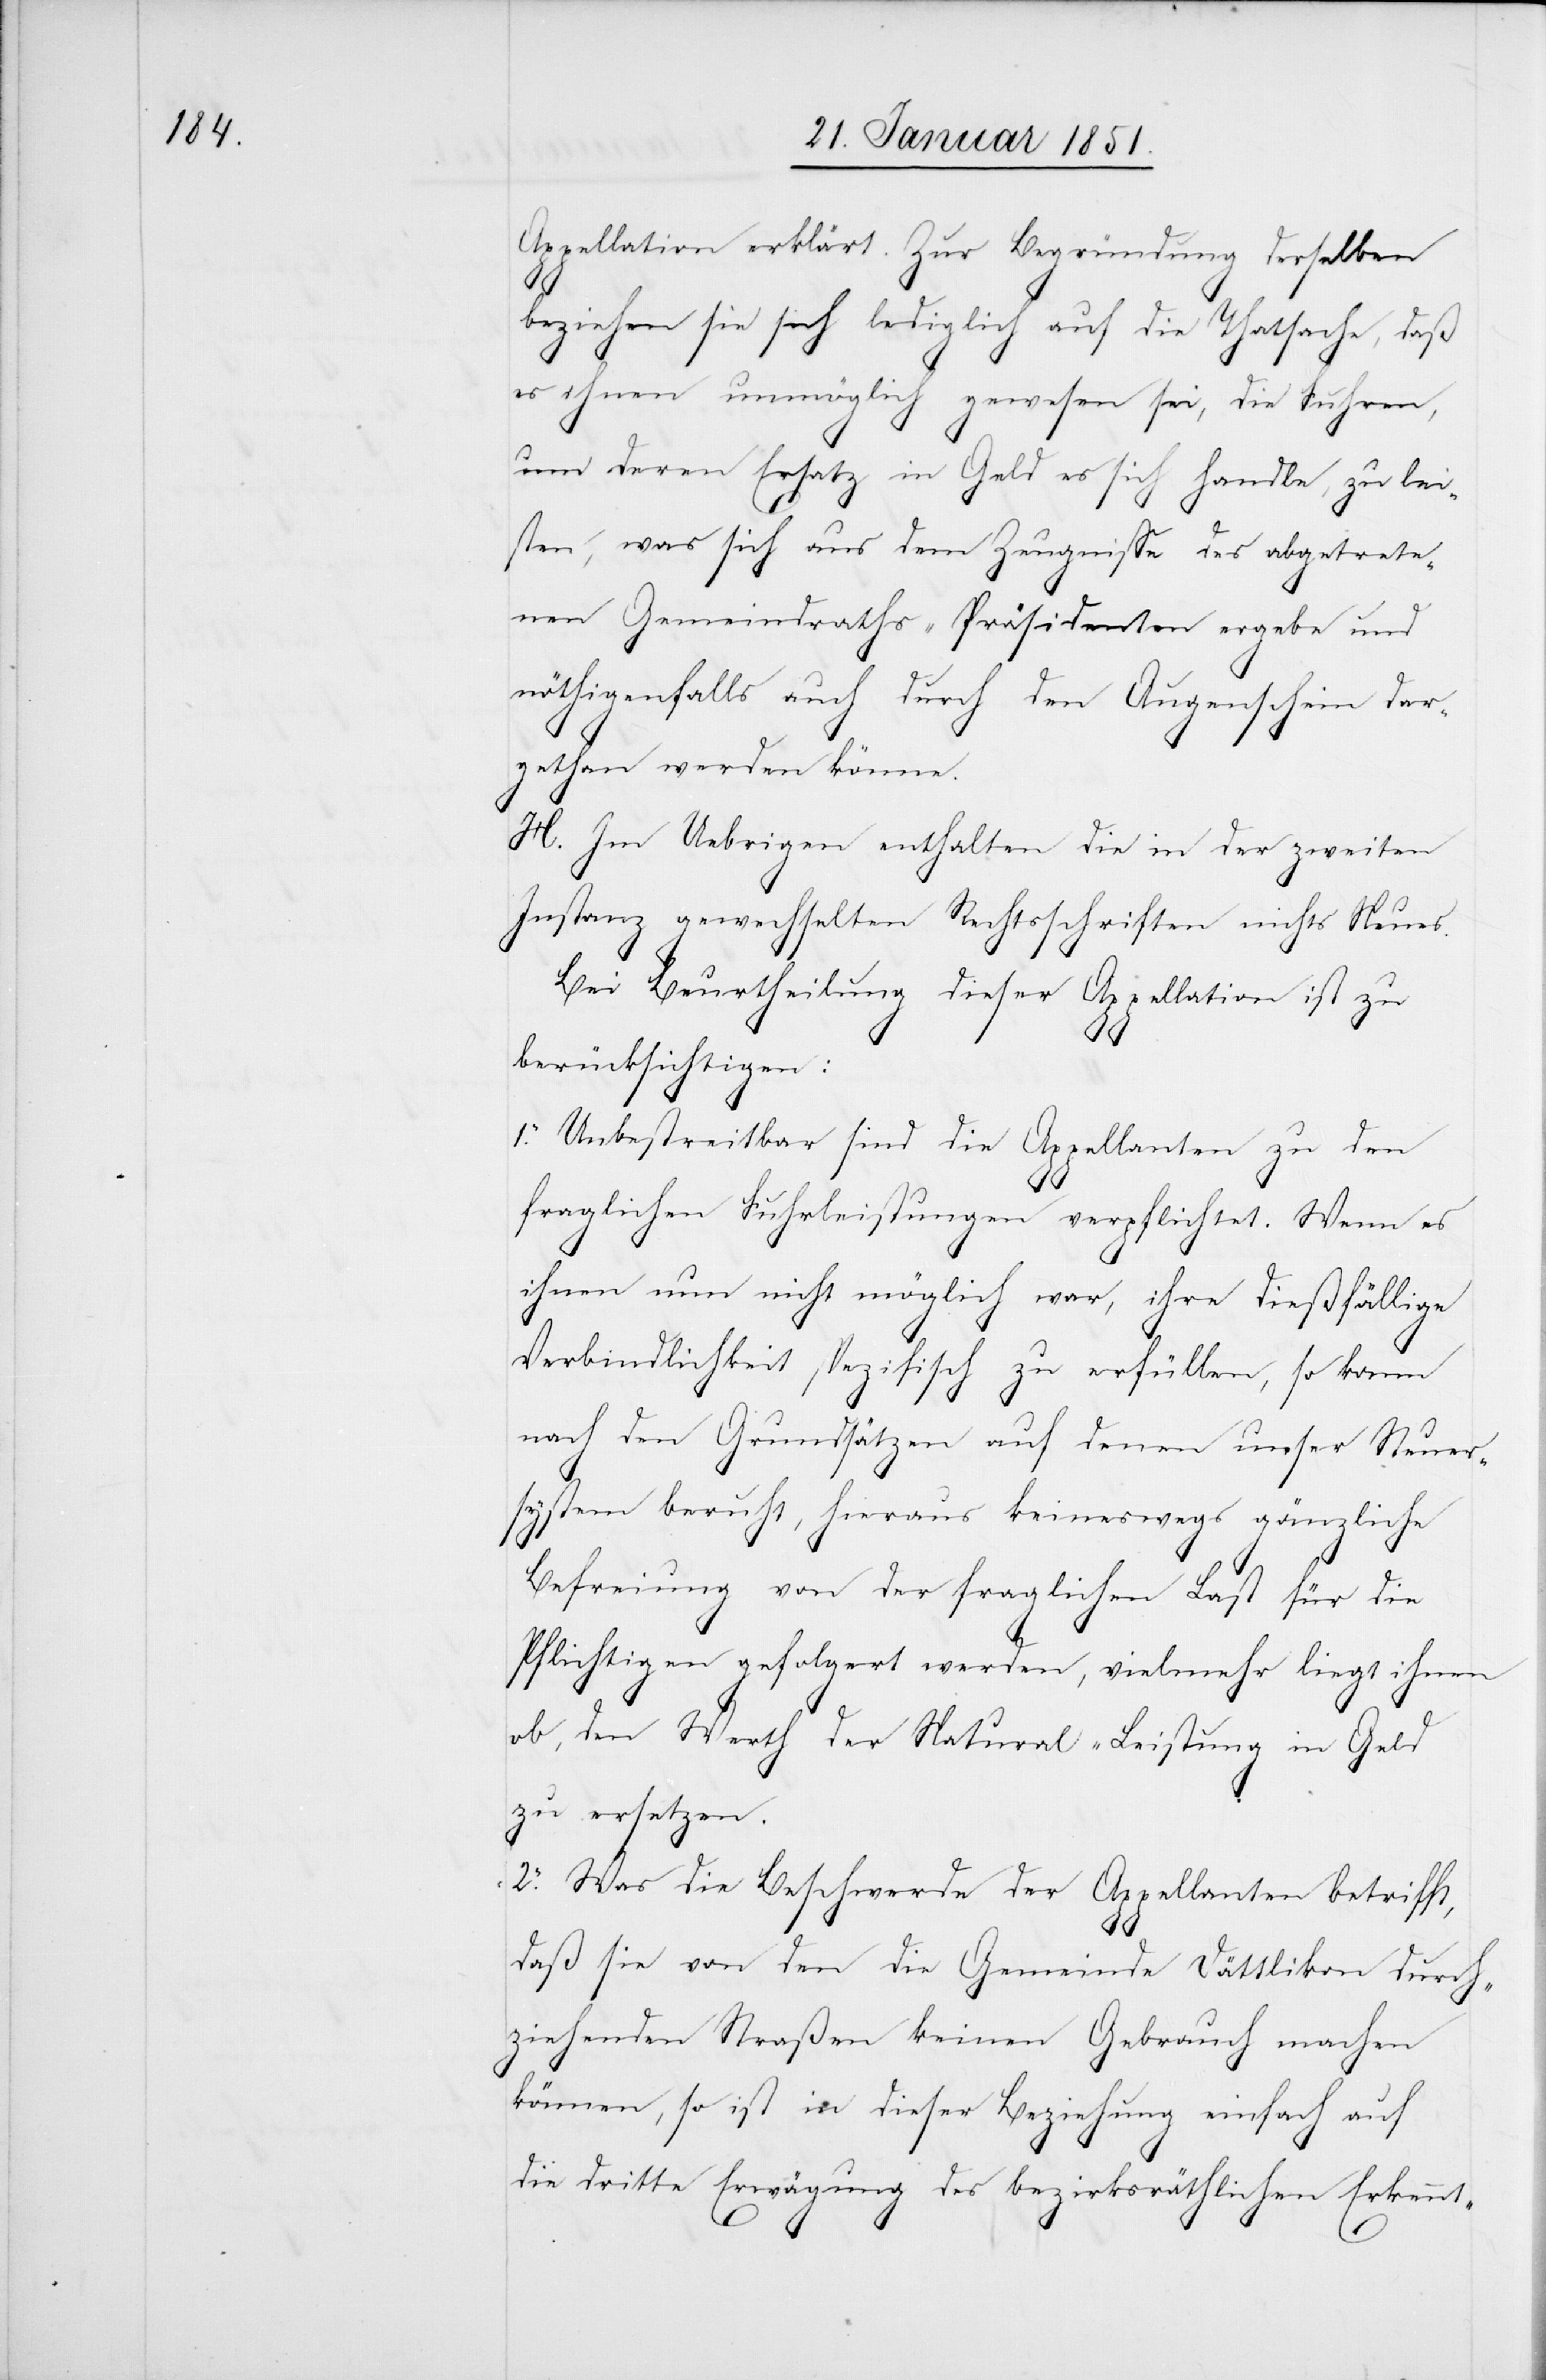
Appellation erklärt. Zur Begründung derselben
beziehen sie sich lediglich auf die Thatsache, daß
es ihnen unmöglich gewesen sei, die Fuhren,
um deren Ersatz in Geld es sich handle, zu lei¬
sten, was sich aus dem Zeugnisse des abgetrete¬
nen Gemeindraths-Präsidenten ergebe und
nöthigenfalls auch durch den Augenschein dar¬
gethan werden könne.
H. Im Uebrigen enthalten die in der zweiten
Instanz gewechselten Rechtsschriften nichts Neues.
Bei Beurtheilung dieser Appellation ist zu
berücksichtigen:
1. Unbestreitbar sind die Appellanten zu den
fraglichen Fuhrleistungen verpflichtet. Wenn es
ihnen nun nicht möglich war, ihre dießfällige
Verbindlichkeit spezifisch zu erfüllen, so kann
nach den Grundsätzen auf denen unser Steuer¬
system beruht, hieraus keineswegs gänzliche
Befreiung von der fraglichen Last für die
Pflichtigen gefolgert werden, vielmehr liegt ihnen
ob, den Werth der Natural-Leistung in Geld
zu ersetzen.
2. Was die Beschwerde der Appellanten betrifft,
daß sie von den die Gemeinde Dättlikon durch¬
ziehenden Straßen keinen Gebrauch machen
können, so ist in dieser Beziehung einfach auf
die dritte Erwägung des bezirksräthlichen Erkennt-